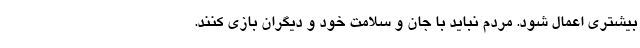
بیشتری اعمال شود. مردم نباید با جان و سلامت خود و دیگران بازی کنند.